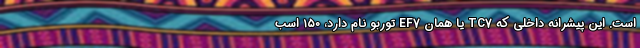
است. این پیشرانه داخلی که TC7 یا همان EF7 توربو نام دارد، ۱۵۰ اسب